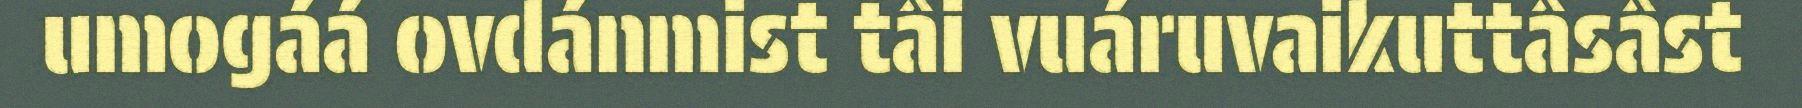
umogáá ovdánmist tâi vuáruvaikuttâsâst